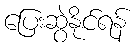
ပြေးဆွဲနိုင်ရန်